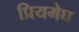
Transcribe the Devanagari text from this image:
प्रियमेघ